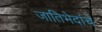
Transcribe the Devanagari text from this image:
जातिभेदांचे